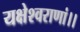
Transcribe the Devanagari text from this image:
यक्षेश्वराणां।।